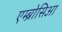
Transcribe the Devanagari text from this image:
एम्ब्रोसिआ